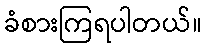
ခံစားကြရပါတယ်။